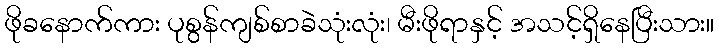
ဖိုခနောက်ကား ပုစွန်ကျစ်စာခဲသုံးလုံး၊ မီးဖိုရာနှင့် အသင့်ရှိနေပြီးသား။